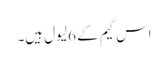
اس گیم کے 6 لیول ہیں۔